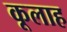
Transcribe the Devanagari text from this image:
कूलाह